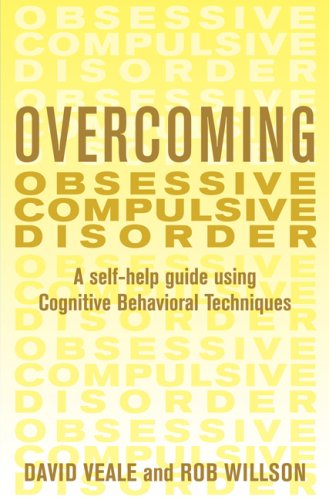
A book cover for Overcoming Obsessive Compulsive Disorder: A Self-Help Guide Using Cognitive Behavioral Techniques; David Veale; Health, Fitness & Dieting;